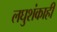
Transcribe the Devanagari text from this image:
लघुशंकाही